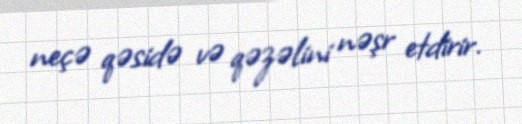
neçə qəsidə və qəzəlini nəşr etdirir.